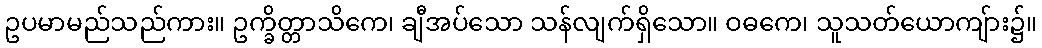
ဥပမာမည်သည်ကား။ ဥက္ခိတ္တာသိကေ၊ ချီအပ်သော သန်လျက်ရှိသော။ ဝဓကေ၊ သူသတ်ယောကျ်ား၌။